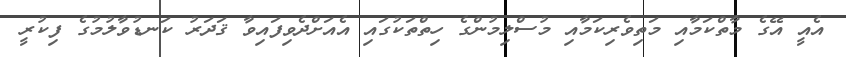
އެއީ އޭގެ މާތްކަމާއި މަތިވެރިކަމާއި މުސްލިމުންގެ ހިތްތަކުގައި އެއަށްދެވިފައިވާ ޤަދަރު ކަނޑުވާލުމުގެ ފިކުރީ